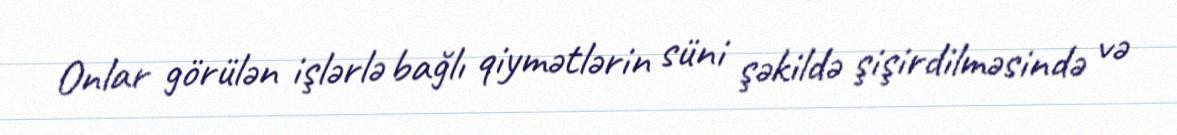
Onlar görülən işlərlə bağlı qiymətlərin süni şəkildə şişirdilməsində və